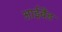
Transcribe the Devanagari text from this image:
आईबैंड